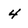
Character: 4